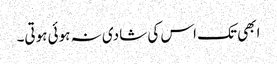
ابھی تک اس کی شادی نہ ہوئی ہوتی۔